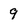
Character: 9